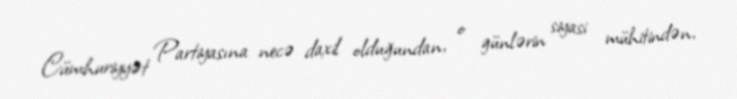
Cümhuriyyət Partiyasına necə daxil olduğundan, o günlərin siyasi mühitindən,